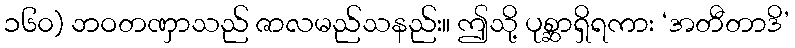
၁၆၀) ဘဝတဏှာသည် ဇာလမည်သနည်း။ ဤသို့ ပုစ္ဆာရှိရကား ‘အတီတာဒိ’